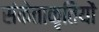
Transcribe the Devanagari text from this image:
संकेताकृतियों